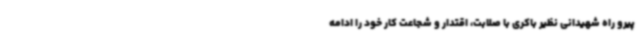
پیرو راه شهیدانی نظیر باکری با صلابت، اقتدار و شجاعت کار خود را ادامه